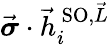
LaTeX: \vec{\boldsymbol{\sigma}}\cdot\vec{h}_{i}^{\, \textrm{SO},\vec{L}}